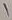
Text: 1